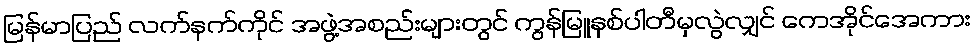
မြန်မာပြည် လက်နက်ကိုင် အဖွဲ့အစည်းများတွင် ကွန်မြူနစ်ပါတီမှလွဲလျှင် ကေအိုင်အေကား